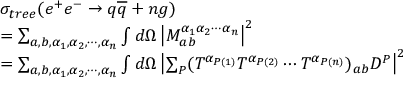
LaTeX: \begin{array} { l } { { \sigma _ { t r e e } ( e ^ { + } e ^ { - } \rightarrow q \overline { { { q } } } + n g ) } } \\ { { = \sum _ { a , b , \alpha _ { 1 } , \alpha _ { 2 } , \cdots , \alpha _ { n } } \int d \Omega \left| M _ { a b } ^ { \alpha _ { 1 } \alpha _ { 2 } \cdots \alpha _ { n } } \right| ^ { 2 } } } \\ { { = \sum _ { a , b , \alpha _ { 1 } , \alpha _ { 2 } , \cdots , \alpha _ { n } } \int d \Omega \left| \sum _ { P } ( T ^ { \alpha _ { P ( 1 ) } } T ^ { \alpha _ { P ( 2 ) } } \cdots T ^ { \alpha _ { P ( n ) } } ) _ { a b } D ^ { P } \right| ^ { 2 } } } \end{array}